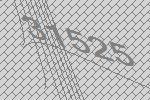
31525